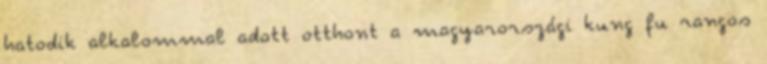
hatodik alkalommal adott otthont a magyarországi kung fu rangos